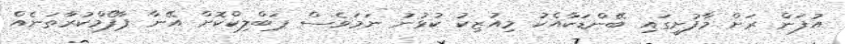
އުފަން ރަށް މާފުށީގައި ބޭންޑަކާއެކު މިއުޒިކު ކުޅުނު ނަމަވެސް ޕަބްލިކްކޮށް އޭނާ ޕާފޯމްކުރާތަނެއް